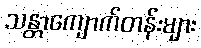
သန္တာကျောက်တန်းများ